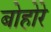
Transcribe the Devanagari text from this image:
बोहोरे